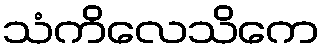
သံကိလေသိကေ